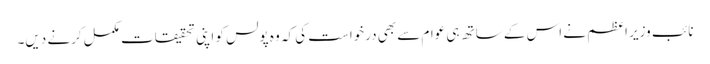
نائب وزیر اعظم نے اس کے ساتھ ہی عوام سے بھی درخواست کی کہ وہ پولس کو اپنی تحقیقات مکمل کرنے دیں۔